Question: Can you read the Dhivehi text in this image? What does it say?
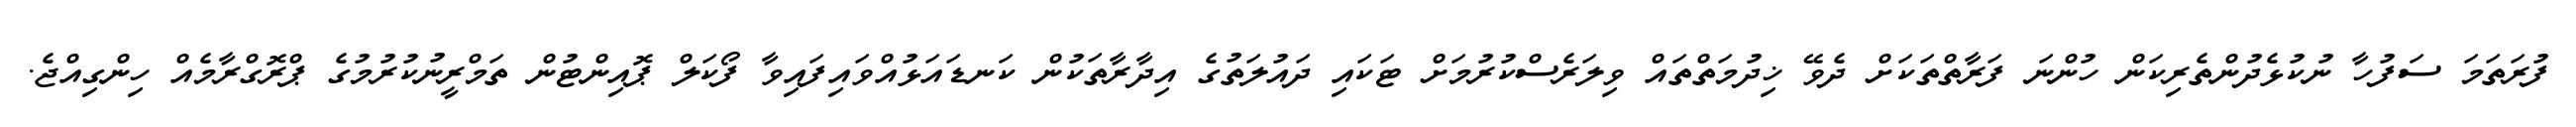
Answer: ފުރަތަމަ ސަފުހާ ނުކުޅެދުންތެރިކަން ހުންނަ ފަރާތްތަކަށް ދެވޭ ޚިދުމަތްތައް ވިލަރެސްކުރުމަށް ޓަކައި ދައުލަތުގެ އިދާރާތަކުން ކަނޑައަޅުއްވައިފައިވާ ފޯކަލް ޕޮއިންޓުން ތަމްރީނުކުރުމުގެ ޕްރޮގްރާމެއް ހިންގިއްޖެ.